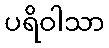
ပရိဝါသာ